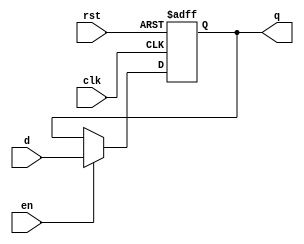
module OutputRegister (
    input wire clk,      // Clock input
    input wire rst,      // Asynchronous reset input
    input wire en,       // Enable signal
    input wire [WIDTH-1:0] d, // Data input
    output reg [WIDTH-1:0] q  // Data output
);
    parameter WIDTH = 8; // Define the width of the register

    // Asynchronous reset and synchronous capture on clock edge
    always @(posedge clk or posedge rst) begin
        if (rst) begin
            q <= {WIDTH{1'b0}}; // Clear register to known state (0)
        end
        else if (en) begin
            q <= d; // Capture data on enable
        end
        // If enable is low, retain previous value (hold)
    end
endmodule